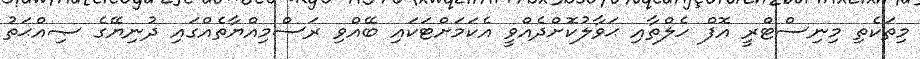
މިތަކެތި މިނިސްޓްރީ އޮފް ހެލްތާއި ޙަވާލުކޮށްދެއްވީ އެކަމަށްޓަކައި ބޭއްވި ރަސްމިއްޔާތެއްގައި ދުނިޔޭގެ ޞިއްޙަތު